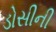
ડોસીની